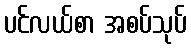
ပင်လယ်စာ အစပ်သုပ်